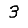
Digit: 3